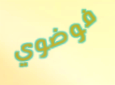
فوضوي